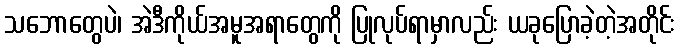
သဘောတွေပဲ၊ အဲဒီကိုယ်အမူအရာတွေကို ပြုလုပ်ရာမှာလည်း ယခုပြောခဲ့တဲ့အတိုင်း